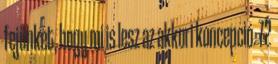
fejünket, hogy mi is lesz az akkori koncepció. 72